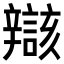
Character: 𫐝